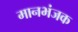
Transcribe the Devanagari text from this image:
मानभंजक